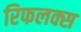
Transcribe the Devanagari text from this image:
रिफलक्स